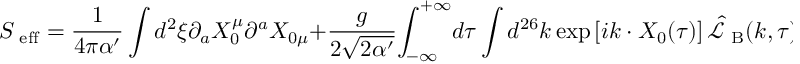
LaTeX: { S _ { \mathrm { \scriptsize ~ e f f } } } = { \frac { 1 } { 4 \pi \alpha ^ { \prime } } } \int { d ^ { 2 } } \xi { \partial _ { a } } { X _ { 0 } ^ { \mu } } { \partial ^ { a } } { X _ { 0 \mu } } + { \frac { g } { 2 \sqrt { 2 \alpha ^ { \prime } } } } { \int _ { - \infty } ^ { + \infty } } d \tau \int { d ^ { 2 6 } } k \exp \left[ i k \cdot { X _ { 0 } } ( \tau ) \right] { \hat { \mathcal { L } } _ { \mathrm { \scriptsize ~ B } } } ( k , \tau ) + \cdots ,